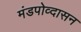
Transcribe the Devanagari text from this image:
मंडपोव्दासन